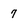
Character: 7